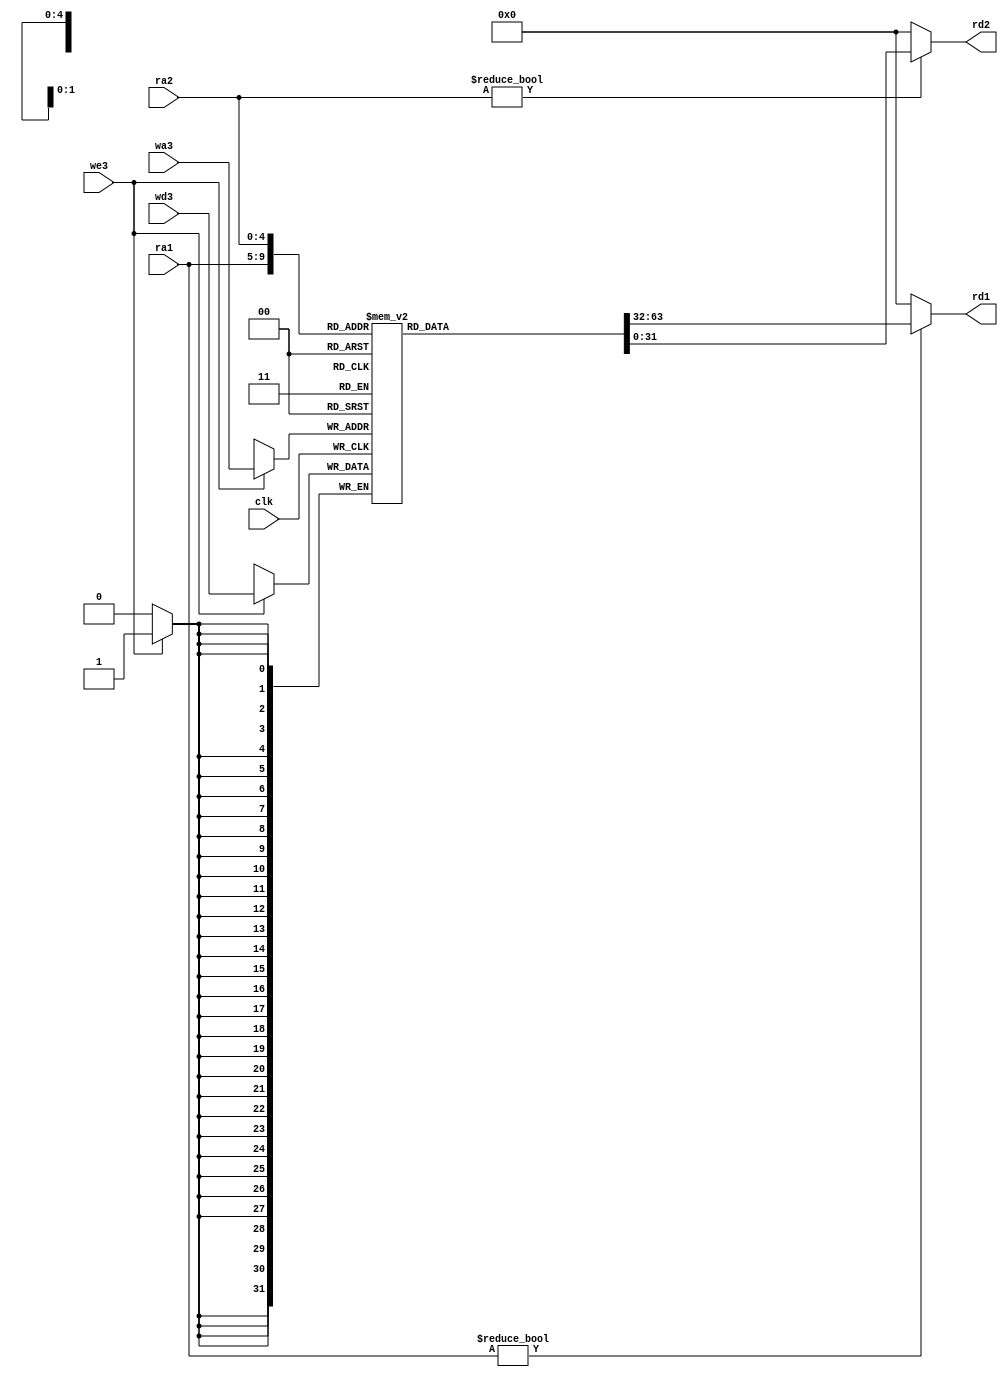
//memoria de registro

module REG_FILE(clk, we3, ra1, ra2, wa3, wd3, rd1, rd2);
input clk;
input we3;
input [4:0] ra1;
input [4:0] ra2;
input [4:0] wa3;
input [31:0] wd3;
output [31:0] rd1;
output [31:0] rd2;

reg [31:0] BANK_REG_FILE[31:0];

always @ (posedge clk)
if (we3)
    BANK_REG_FILE[wa3] <= wd3;
assign rd1 = (ra1 != 0) ? BANK_REG_FILE[ra1] : 0;
assign rd2 = (ra2 != 0) ? BANK_REG_FILE[ra2] : 0;

endmodule